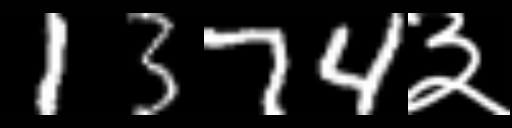
Text: 1374३